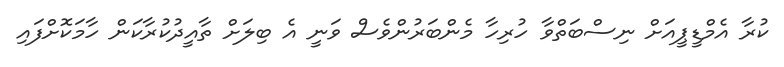
ކުރާ އެމްޑީޕީއަށް ނިސްބަތްވާ ހުރިހާ މެންބަރުންވެސް ވަނީ އެ ބިލަށް ތާއީދުކުރާކަން ހާމަކޮށްފައި